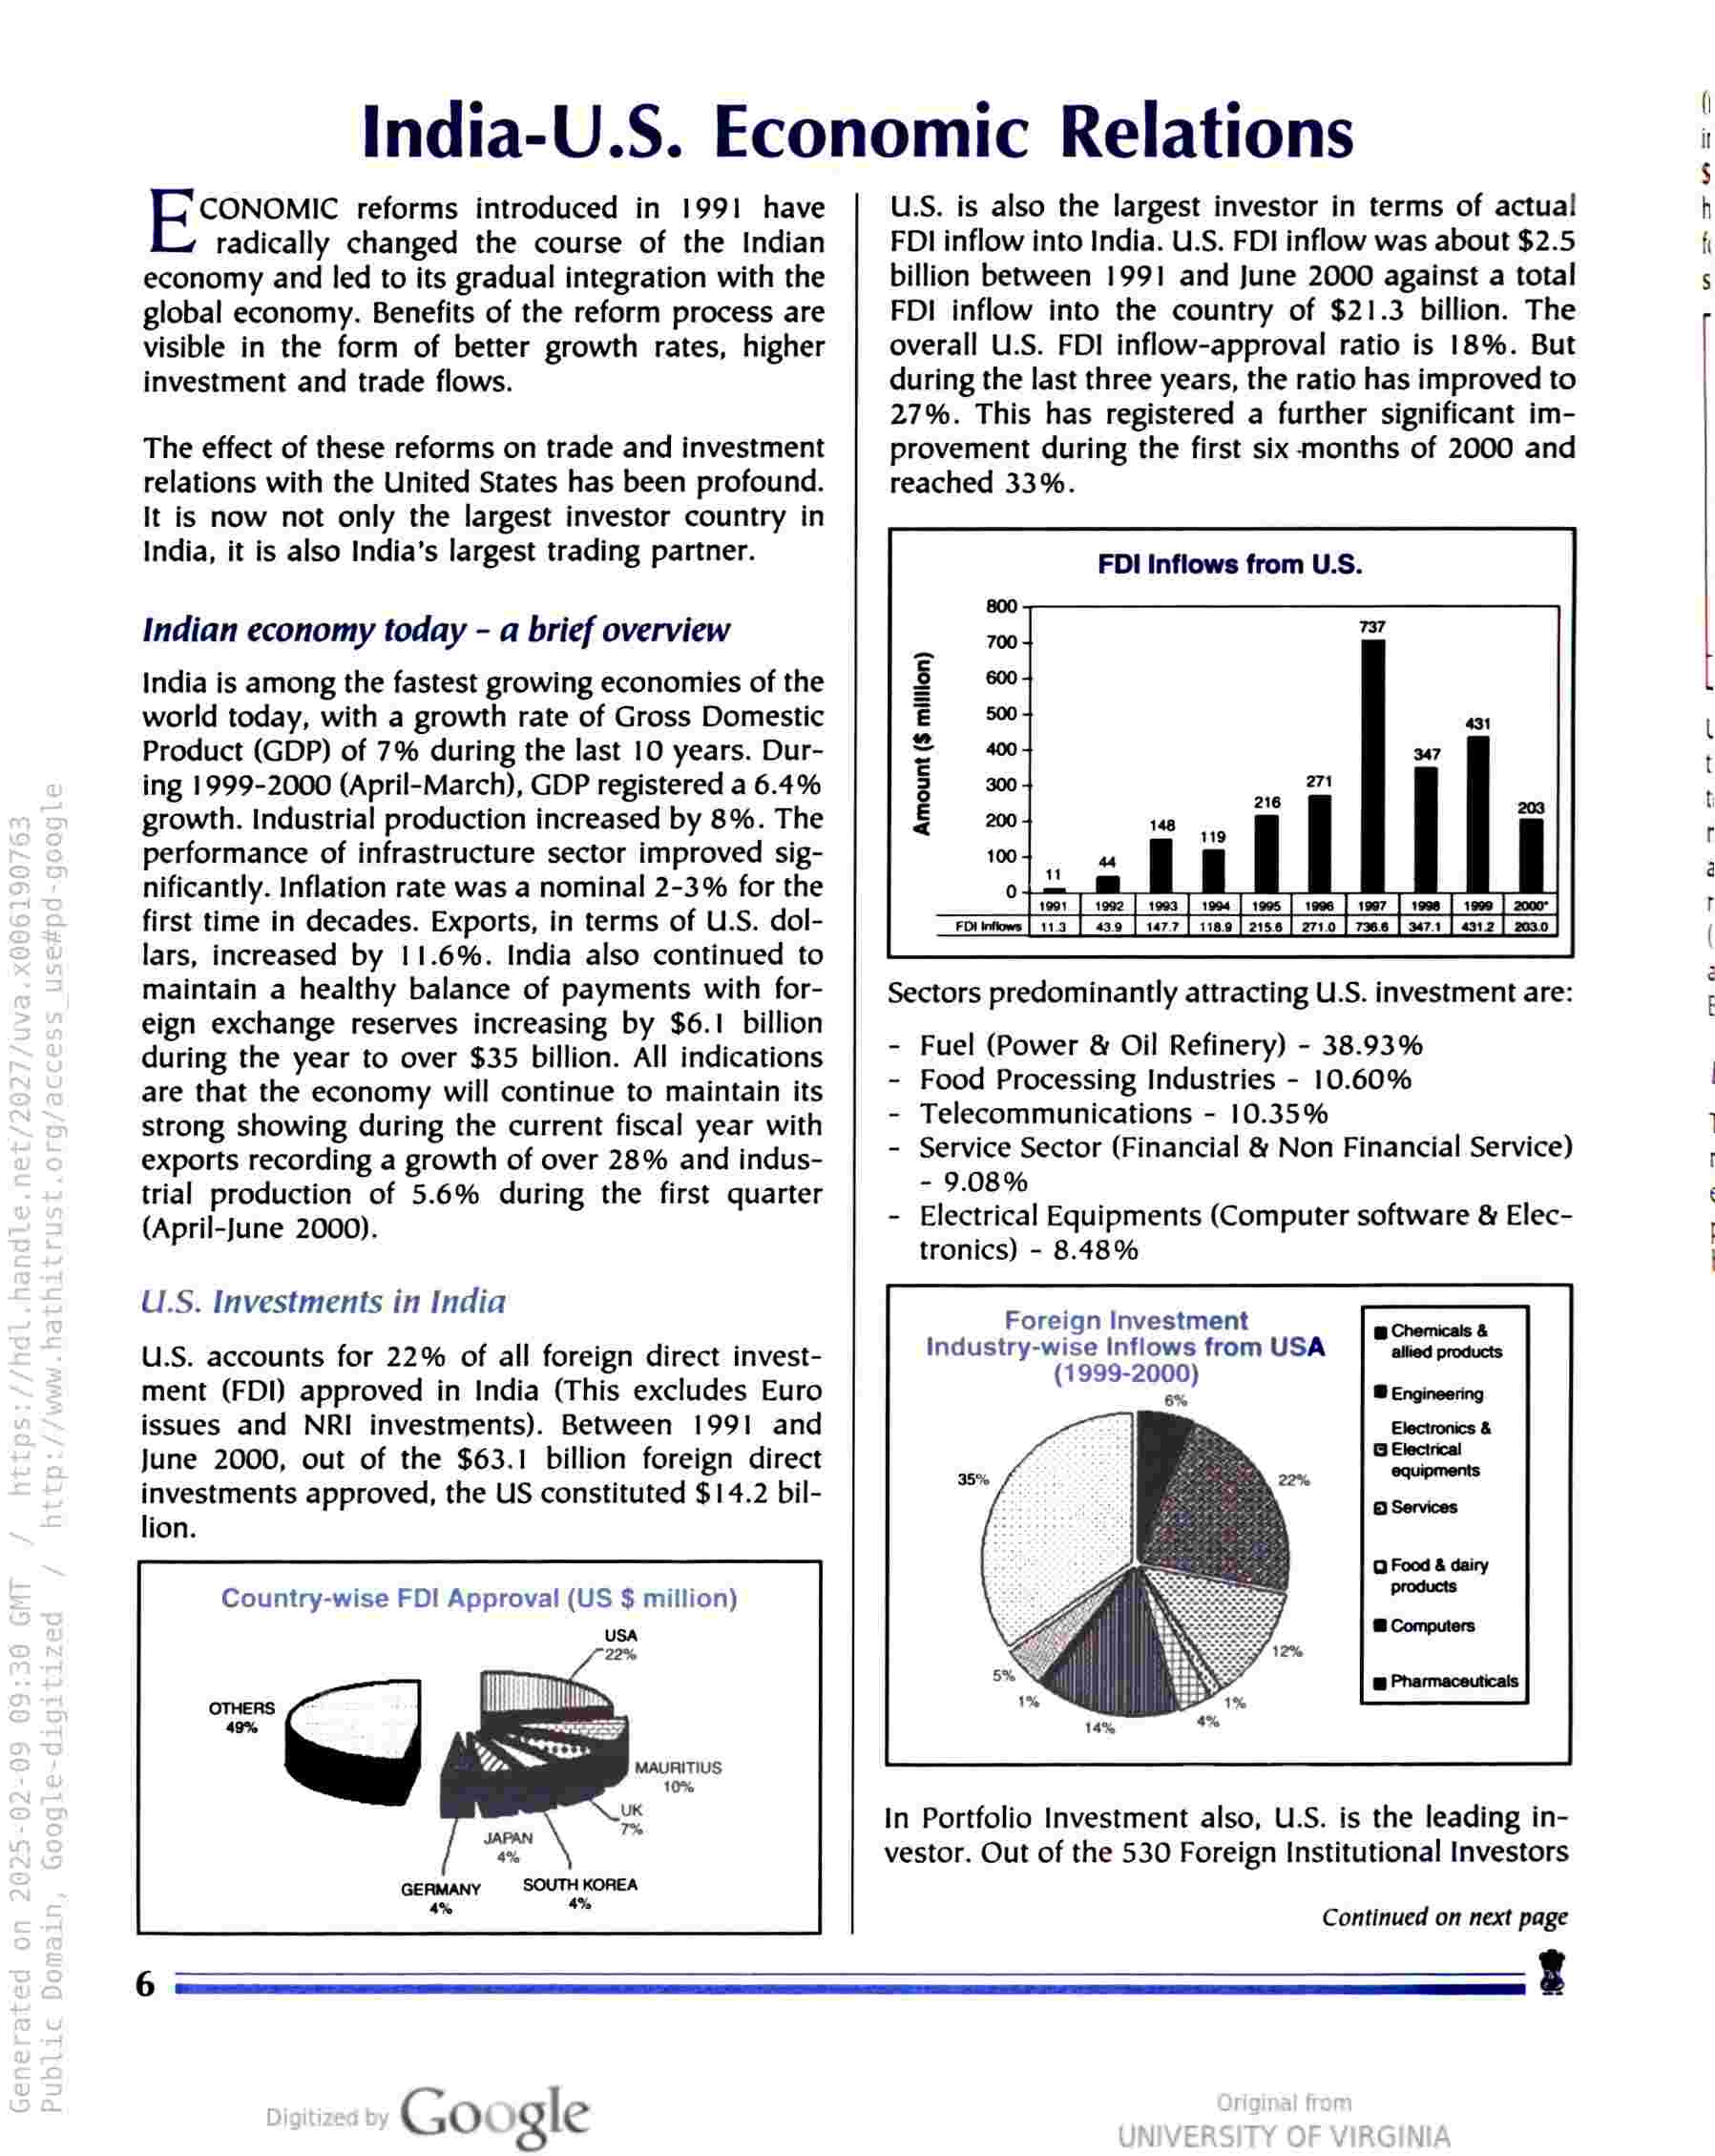
India-U.S. Economic Relations

CONOMIC reforms introduced in 1991 have
radically changed the course of the Indian
economy and led to its gradual integration with the
global economy. Benefits of the reform process are
visible in the form of better growth rates, higher
investment and trade flows.

The effect of these reforms on trade and investment
relations with the United States has been profound.
It is now not only the largest investor country in
India, it is also India’s largest trading partner.

Indian economy today - a brief overview

India is among the fastest growing economies of the
world today, with a growth rate of Gross Domestic
Product (GDP) of 7% during the last 10 years. Dur-
ing 1999-2000 (April-March), GDP registered a 6.4%
growth. Industrial production increased by 8%. The
performance of infrastructure sector improved sig-
nificantly. Inflation rate was a nominal 2-3% for the
first time in decades. Exports, in terms of U.S. dol-
lars, increased by 11.6%. India also continued to
maintain a healthy balance of payments with for-
eign exchange reserves increasing by $6.1 billion
during the year to over $35 billion. All indications
are that the economy will continue to maintain its
strong showing during the current fiscal year with
exports recording a growth of over 28% and indus-
trial production of 5.6% during the first quarter
(April-June 2000).

U.S. Investments in India

U.S. accounts for 22% of all foreign direct invest-
ment (FDI) approved in India (This excludes Euro
issues and NRI investments). Between 1991 and
June 2000, out of the $63.1 billion foreign direct
investments approved, the US constituted $14.2 bil-
lion.

Country-wise FDI Approval (US $ million)

U.S. is also the largest investor in terms of actual
FDI inflow into India. U.S. FDI inflow was about $2.5
billion between 1991 and June 2000 against a total
FDI inflow into the country of $21.3 billion. The
overall U.S. FDI inflow-approval ratio is 18%. But
during the last three years, the ratio has improved to
27%. This has registered a further significant im-
provement during the first six-months of 2000 and
reached 33%.

FDI Inflows from U.S.

.
i

[730.8 [471 [4912 | 2030 ]

44
W
PETES ETT
Sectors predominantly attracting U.S. investment are:

- Fuel (Power & Oil Refinery) - 38.93%

- Food Processing Industries - 10.60%

- Telecommunications - 10.35%

- Service Sector (Financial & Non Financial Service)
- 9.08%

- Electrical Equipments (Computer software & Elec-
tronics) - 8.48%

Foreign Investment
Industry-wise Inflows from USA
(1999-2000)

6%

In Portfolio Investment also, U.S. is the leading in-
vestor. Out of the 530 Foreign Institutional Investors

Continued on next page